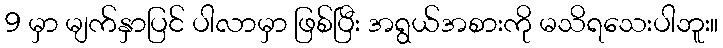
9 မှာ မျက်နှာပြင် ပါလာမှာ ဖြစ်ပြီး အရွယ်အစားကို မသိရသေးပါဘူး။